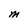
Character: M